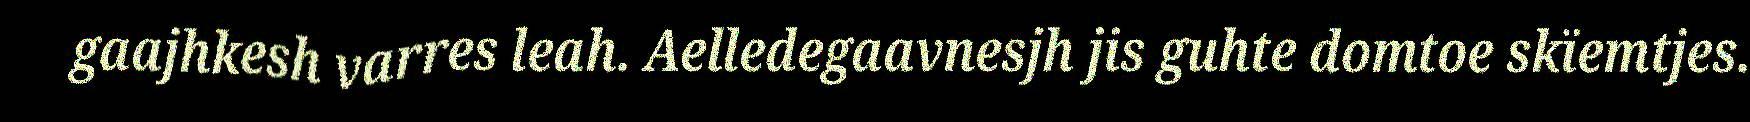
gaajhkesh varres leah. Aelledegaavnesjh jis guhte domtoe skïemtjes.